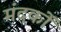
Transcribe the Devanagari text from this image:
मंदकों